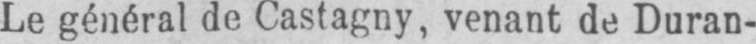
Le général de Castagny, venant de Duran-